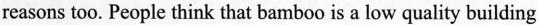
reasons too.People think that bamboo is a low quality building